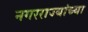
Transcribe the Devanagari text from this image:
नगरराज्यांच्या